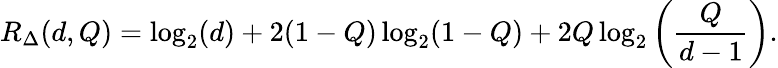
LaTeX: R_{\Delta}(d,Q)=\log_{2}(d)+2(1-Q)\log_{2}(1-Q)+2Q\log_{2}\left(\frac{Q}{d-1}\right).